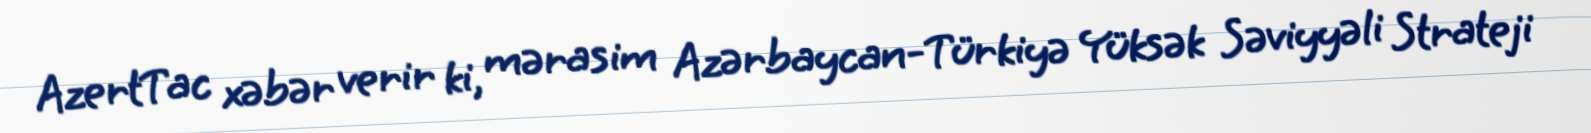
AzertTac xəbər verir ki, mərasim Azərbaycan-Türkiyə Yüksək Səviyyəli Strateji